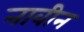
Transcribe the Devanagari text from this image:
नावीन